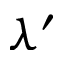
\lambda ^ { \prime }